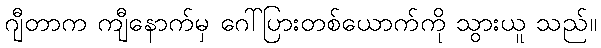
ဂျီတာက ကျီနောက်မှ ဂေါ်ပြားတစ်ယောက်ကို သွားယူ သည်။